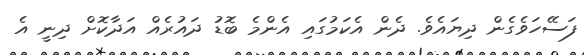
ފަސޭހަވެގެން ދިޔައެވެ. ދެން އެކަމުގައި އެންމެ ބޮޑު ދައުރެއް އަދާކޮށް ދިނީ އެ